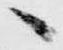
へ